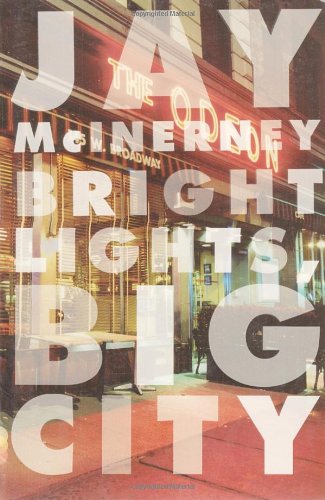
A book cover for Bright Lights, Big City; Jay McInerney; Literature & Fiction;